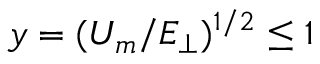
y = ( U _ { m } / E _ { \perp } ) ^ { 1 / 2 } \le 1